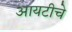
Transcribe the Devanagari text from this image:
आयटीचे